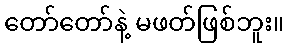
တော်တော်နဲ့ မဖတ်ဖြစ်ဘူး။